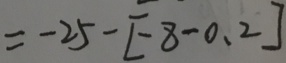
= - 2 5 - [ - 8 - 0 . 2 ]